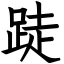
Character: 跿